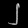
Digit: ၂